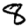
Digit: 8